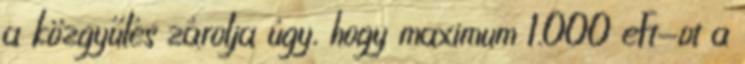
a közgyűlés zárolja úgy, hogy maximum 1.000 eFt-ot a